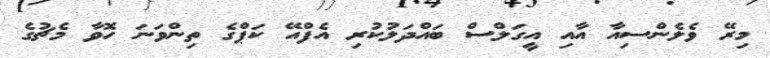
މިރޭ ވެލެންސިއާ އާއި އީގަލްސް ބައްދަލުކުރި އެފްއޭ ކަޕްގެ ތިންވަނަ ހޮވާ މެޗުގެ